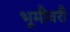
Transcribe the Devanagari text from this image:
भूमीवरी